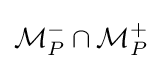
{\mathcal {M}}_{P}^{-}\cap {\mathcal {M}}_{P}^{+}